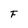
Character: F